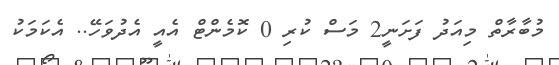
މުބާރާތް މިއަދު ފަށަނީ2 މަސް ކުރި 0 ކޮމެންޓް އެއީ އެދުވަހޭ.. އެކަމަކު